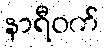
နာရီဝက်